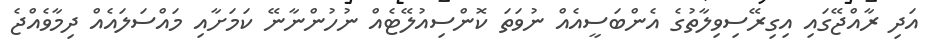
އަދި ރާއްޖޭގައި އިގިރޭސިވިލާތުގެ އެންބަސީއެއް ނުވަތަ ކޮންސިއުލޭޓެއް ނުހުންނާނޭ ކަމަށާއި މައްސަލައެއް ދިމާވެއްޖެ